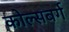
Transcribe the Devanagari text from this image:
कोल्सबर्ग